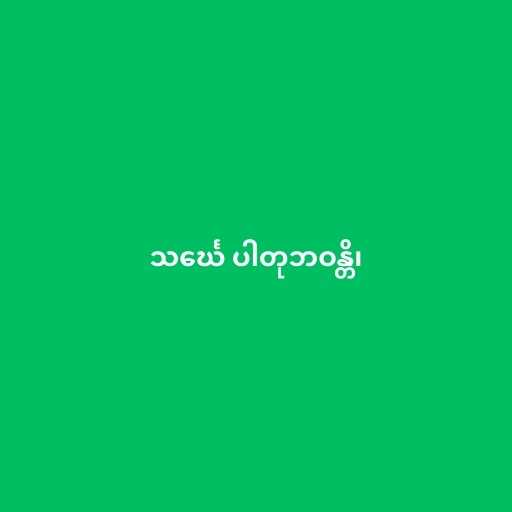
သင်္ဃေ ပါတုဘဝန္တိ၊